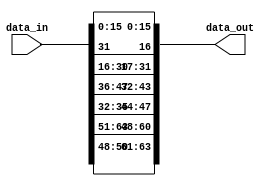

module shiftrow1 (input [63:0] data_in, output reg [63:0] data_out);
//inputs and outputs

always @(*)
begin

 data_out[15:0] = data_in[15:0];
 data_out[31:16] = {data_in[30:16],data_in[31]} ;
 data_out[47:32] = {data_in[35:32],data_in[47:36]} ;
 data_out[63:48] = {data_in[50:48],data_in[63:51]} ;

end
endmodule